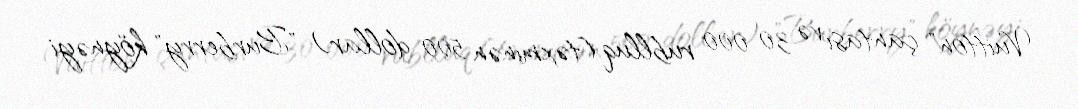
Vuitton" çantası və 30 000 rublluq (təxminən 500 dollar) "Burberry" köynəyi